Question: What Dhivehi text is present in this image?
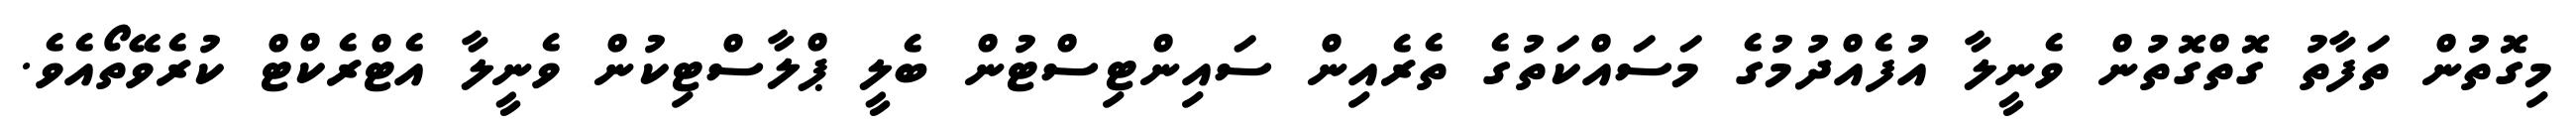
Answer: މިގޮތުން ތަފާތު ގޮތްގޮތުން ވެނީލާ އުފެއްދުމުގެ މަސައްކަތުގެ ތެރެއިން ސައިންޓިސްޓުން ބެލީ ޕްލާސްޓިކުން ވެނީލާ އެޓްރެކްޓް ކުރެވޭތޯއެވެ.